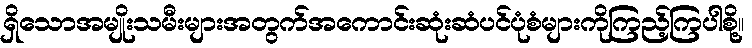
ရှိသောအမျိုးသမီးများအတွက်အကောင်းဆုံးဆံပင်ပုံစံများကိုကြည့်ကြပါစို့။